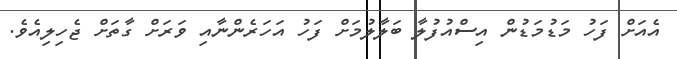
އެއަށް ފަހު މަޑުމަޑުން އިސްއުފުލާ ބަލާލުމަށް ފަހު އަހަރެންނާއި ވަރަށް ގާތަށް ޖެހިލިއެވެ.